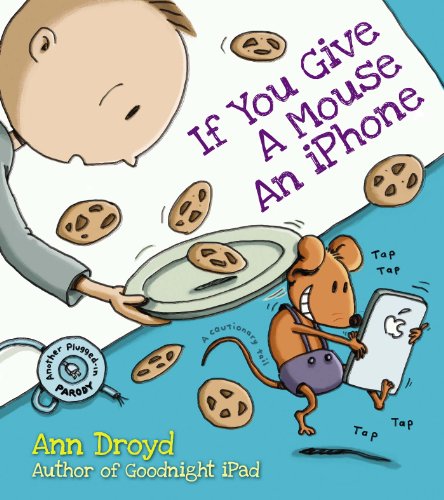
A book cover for If You Give a Mouse an iPhone: A Cautionary Tail; Ann Droyd; Humor & Entertainment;